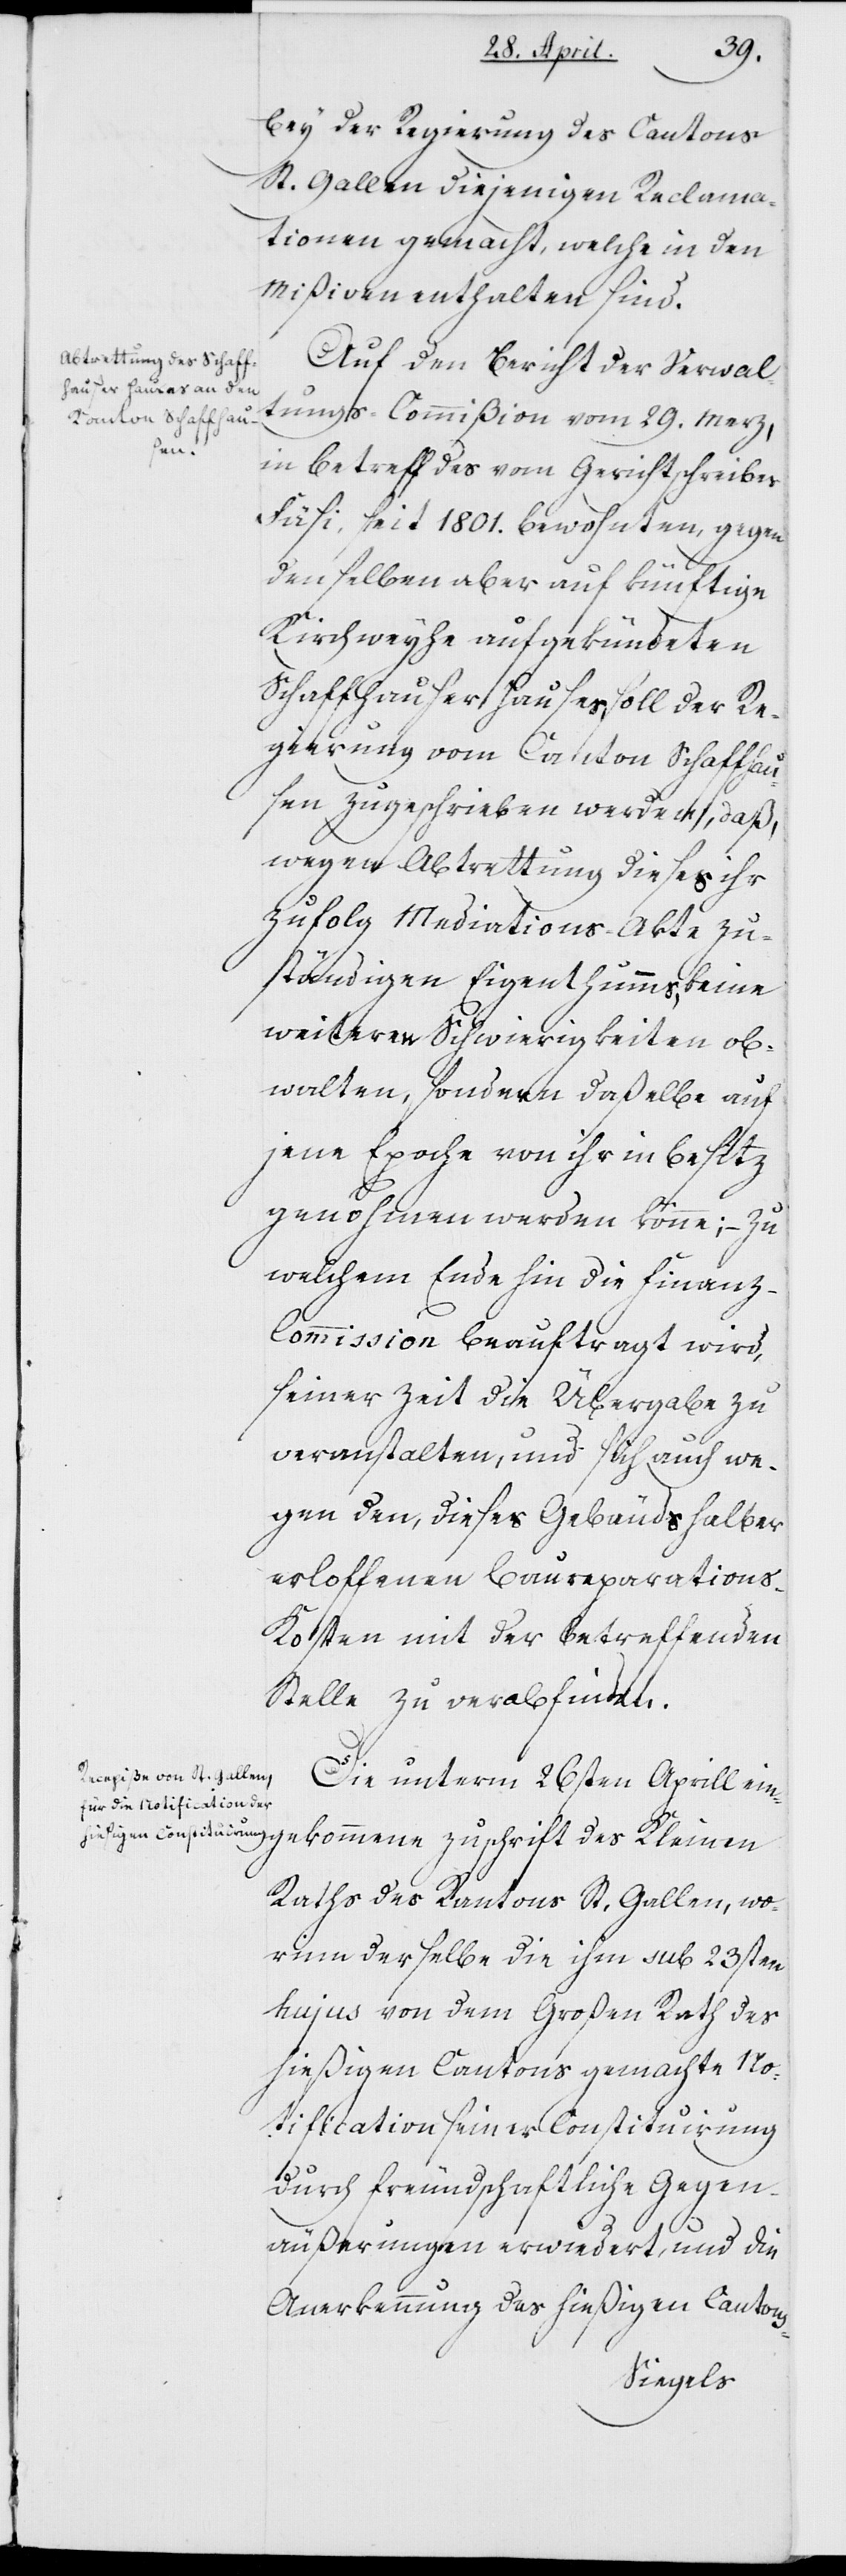
bey der Regierung des Cantons
St. Gallen diejenigen Reclama¬
tionen gemacht, welche in den
Mißiven enthalten sind.
Auf den Bericht der Verwal¬
tungs-Commißion vom 29sten Merz,
ommene
in Betreff des vom Gerichtsschreiber
Fäsi seit 1801. bewohnten, gegen
denselben aber auf künftige
Kirchweihe aufgekündeten
Schaffhauser Hauses, soll der Re¬
gierung vom Canton Schaffhau¬
sen zugeschrieben werden, daß,
wegen Abtrettung dieses ihr
zufolg Mediations-Akte zu¬
ständigen Eigenthumms, keine
weiteren Schwierigkeiten ob¬
walten, sondern daßelbe auf
jene Epoche von ihr in Besitz
genohmen werden könne; zu
welchem Ende hin die Finan¬
z-Commißion beauftragt wird,
seiner Zeit die Übergabe zu
veranstalten, und sich auch we¬
gen den, dieses Gebäuds halber
erloffenen Baureparation¬
s-Kosten mit der betreffenden
Stelle zu verabfinden.
Die unterm 26sten Aprill eingek¬
Raths des Kantons St. Gallen, wo¬
rinn derselbe die ihm sub 23sten
hujus von dem Großen Rath des
hießigen Cantons gemachte No¬
tification seiner Constituierung
durch freundschaftliche Gegen¬
äußerungen erwiedert, und die
Anerkennung des hießigen Cantons-